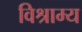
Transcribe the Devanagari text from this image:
विश्राम्य